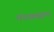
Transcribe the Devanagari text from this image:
वंशब्राह्मण